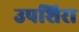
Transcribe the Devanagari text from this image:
उपशिरा